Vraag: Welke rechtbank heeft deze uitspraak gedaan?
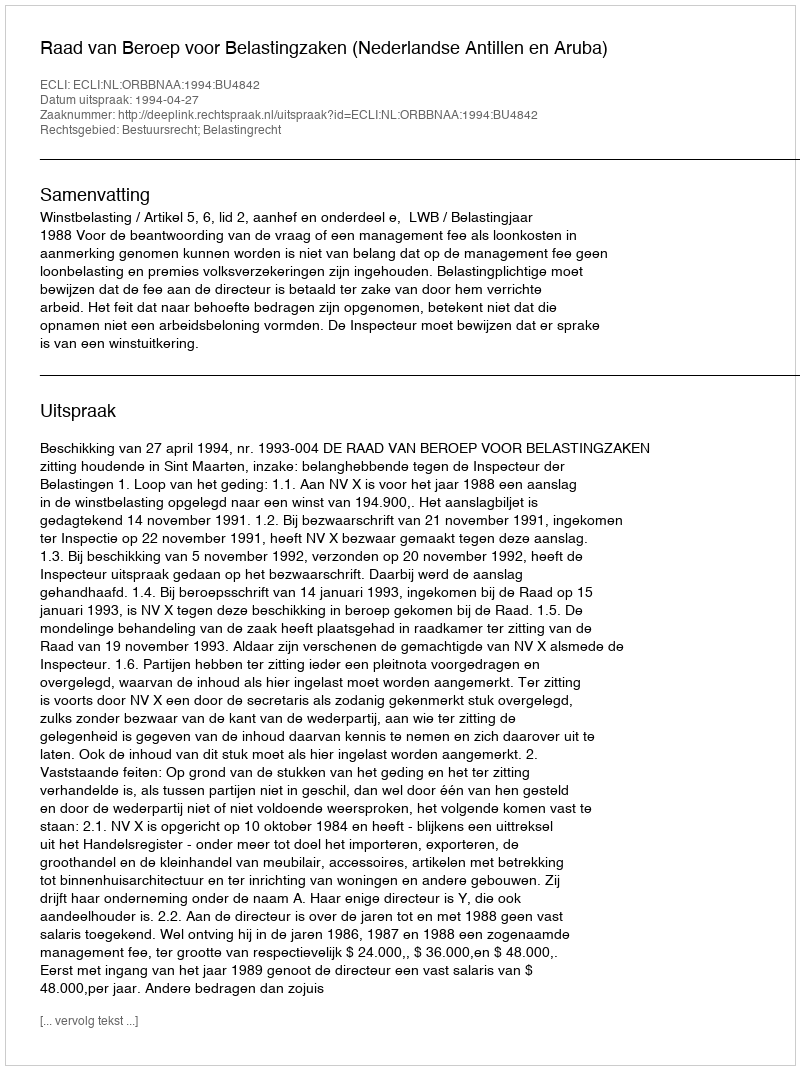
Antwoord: Raad van Beroep voor Belastingzaken (Nederlandse Antillen en Aruba)